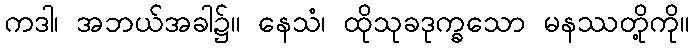
ကဒါ၊ အဘယ်အခါ၌။ နေသံ၊ ထိုသုခဒုက္ခသော မနဿတို့ကို။